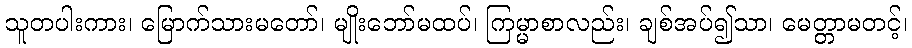
သူတပါးကား၊ မြောက်သားမတော်၊ မျိုးဘော်မထပ်၊ ကြမ္မာစာလည်း၊ ချစ်အပ်၍သာ၊ မေတ္တာမတင့်၊